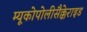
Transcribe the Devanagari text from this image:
म्यूकोपोलीसैक्केराइड